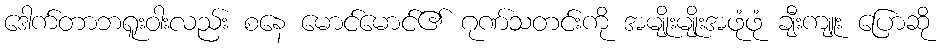
ဒေါက်တာဘရူးဝါးလည်း စနေ မောင်မောင်၏ ဂုဏ်သတင်းကို အမျိုးမျိုးအဖုံဖုံ ချီးကျူး ပြောဆို